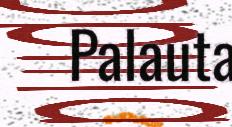
Palauta